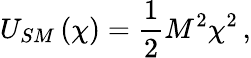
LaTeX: U_{SM}\left(\chi\right)=\frac{1}{2}M^{2}\chi^{2}\, ,